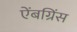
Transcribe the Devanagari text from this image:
ऐंबग्रिंस